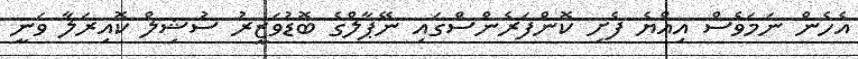
އެހެން ނަމަވެސް އިއްޔެ ފެށި ކޮންފަރެންސްގައި ނޭޕާލްގެ ބޮޑުވަޒީރު ސުޝިލް ކޮއިރަލާ ވަނީ